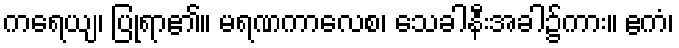
ကရေယျ၊ ပြုရာ၏။ မရဏကာလေစ၊ သေခါနီးအခါ၌ကား။ ဧကံ၊